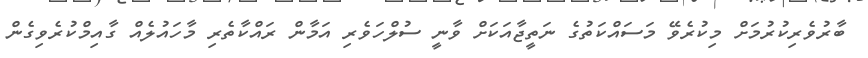
ބާރުވެރިކުރުމަށް މިކުރެވޭ މަސައްކަތުގެ ނަތީޖާއަކަށް ވާނީ ސުލްހަވެރި އަމާން ރައްކާތެރި މާހައުލެއް ގާއިމްކުރެވިގެން